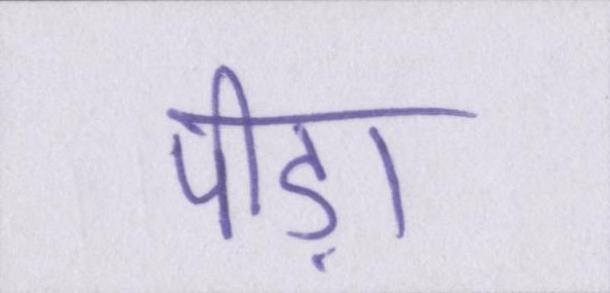
पीड़ा